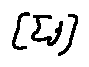
[ \sum j ]